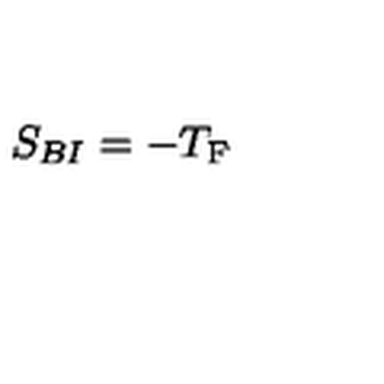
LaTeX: S _ { B I } = - T _ { \mathrm { F } }